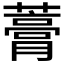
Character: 𧀎